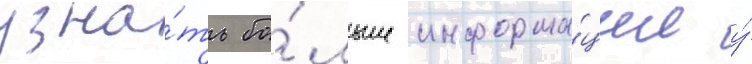
узна́ть бо́льше информа́ции у́